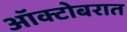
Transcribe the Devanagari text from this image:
ऑक्टोबरात